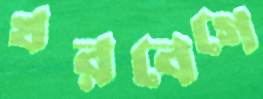
খরবেগে